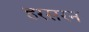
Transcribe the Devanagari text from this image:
हरसरन